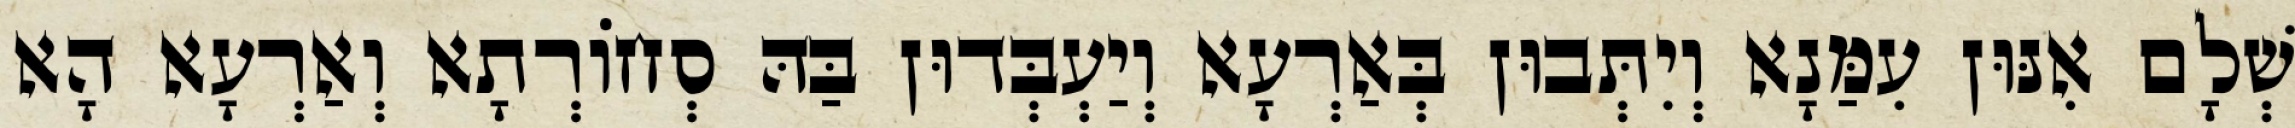
שְׁלָם אִנּוּן עִמַּנָא וְיִתְּבוּן בְּאַרְעָא וְיַעְבְּדוּן בַּהּ סְחוֹרְתָא וְאַרְעָא הָא